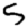
Digit: 5